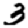
Digit: 3